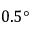
0 . 5 °